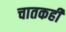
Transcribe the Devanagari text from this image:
चातकही